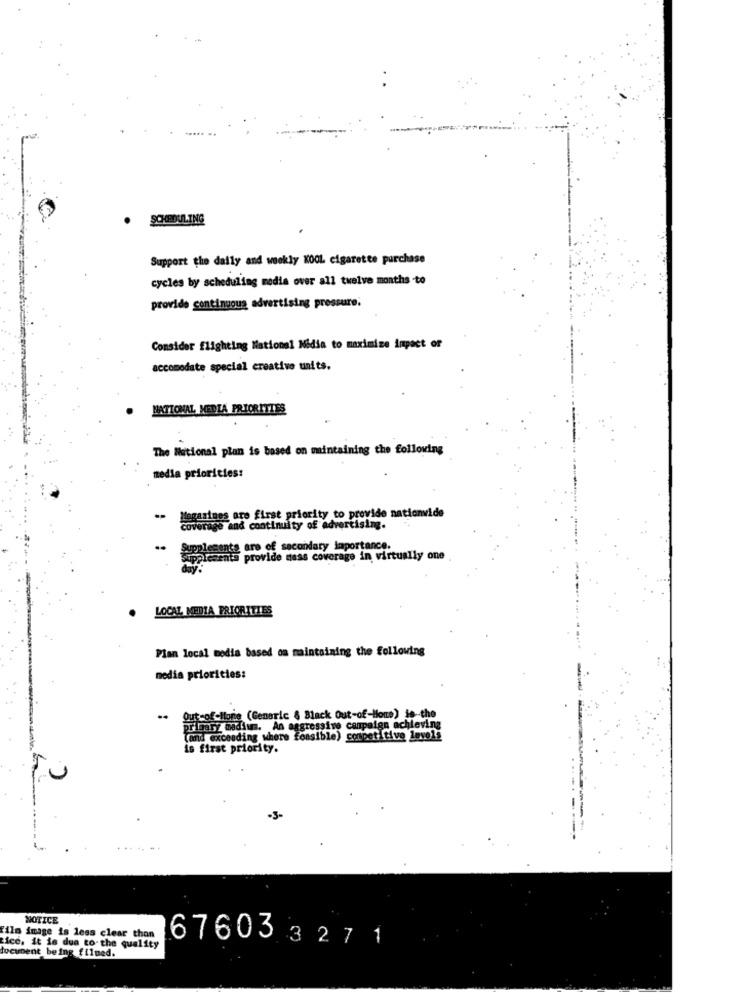
·SCHEDULING
Support the daily and weekly KOOL cigarette purchase
cycles by scheduling media over all twelve months -to
provide continuous advertising pressure.
Consider flighting National Midia to maximize impact of
accomodate special creativo units.
NATIONAL MEDIA PRIORITIES
The National plan is based on maintaining the following
media priorities:
Magazines are first priority to provide nationwide
coverage and continuity of advertising.
santa are of secondary importance.
provide mass coverage in virtually one
LOCAL MEDIA PRIORITIES
Plan local media based on maintaining the following
media priorities:
Out-of-Ilonie (Generic & Black Out-of-Home) is -- the
primary madium. An aggressive campaign achieving
(and exceeding where feasible) competitive levels
is first priority.
U
NOTICE
ils image is less clear than
tice. it is due to-the quality
document being filmed.
676033271